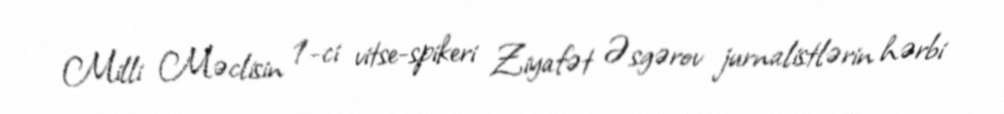
Milli Məclisin 1-ci vitse-spikeri Ziyafət Əsgərov jurnalistlərin hərbi